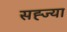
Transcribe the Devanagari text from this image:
सह्ज्या